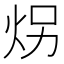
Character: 𪸝